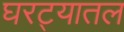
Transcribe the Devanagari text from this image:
घरट्यातल